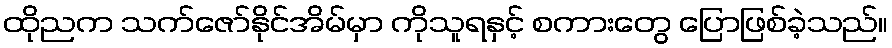
ထိုညက သက်ဇော်နိုင်အိမ်မှာ ကိုသူရနှင့် စကားတွေ ပြောဖြစ်ခဲ့သည်။